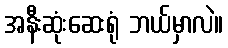
အနီးဆုံးဆေးရုံ ဘယ်မှာလဲ။